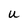
Character: U